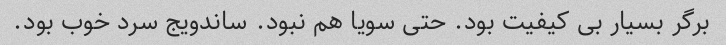
برگر بسیار بی کیفیت بود. حتی سویا هم نبود. ساندویج سرد خوب بود.